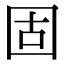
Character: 固